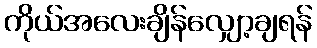
ကိုယ်အလေးချိန်လျှော့ချရန်